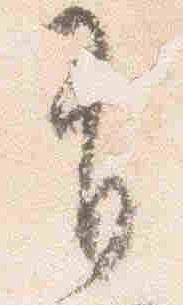
有